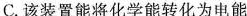
C.该装置能将化学能转化为电能